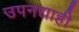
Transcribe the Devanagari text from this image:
उपनद्याही